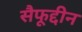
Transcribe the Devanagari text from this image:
सैफूद्दीन